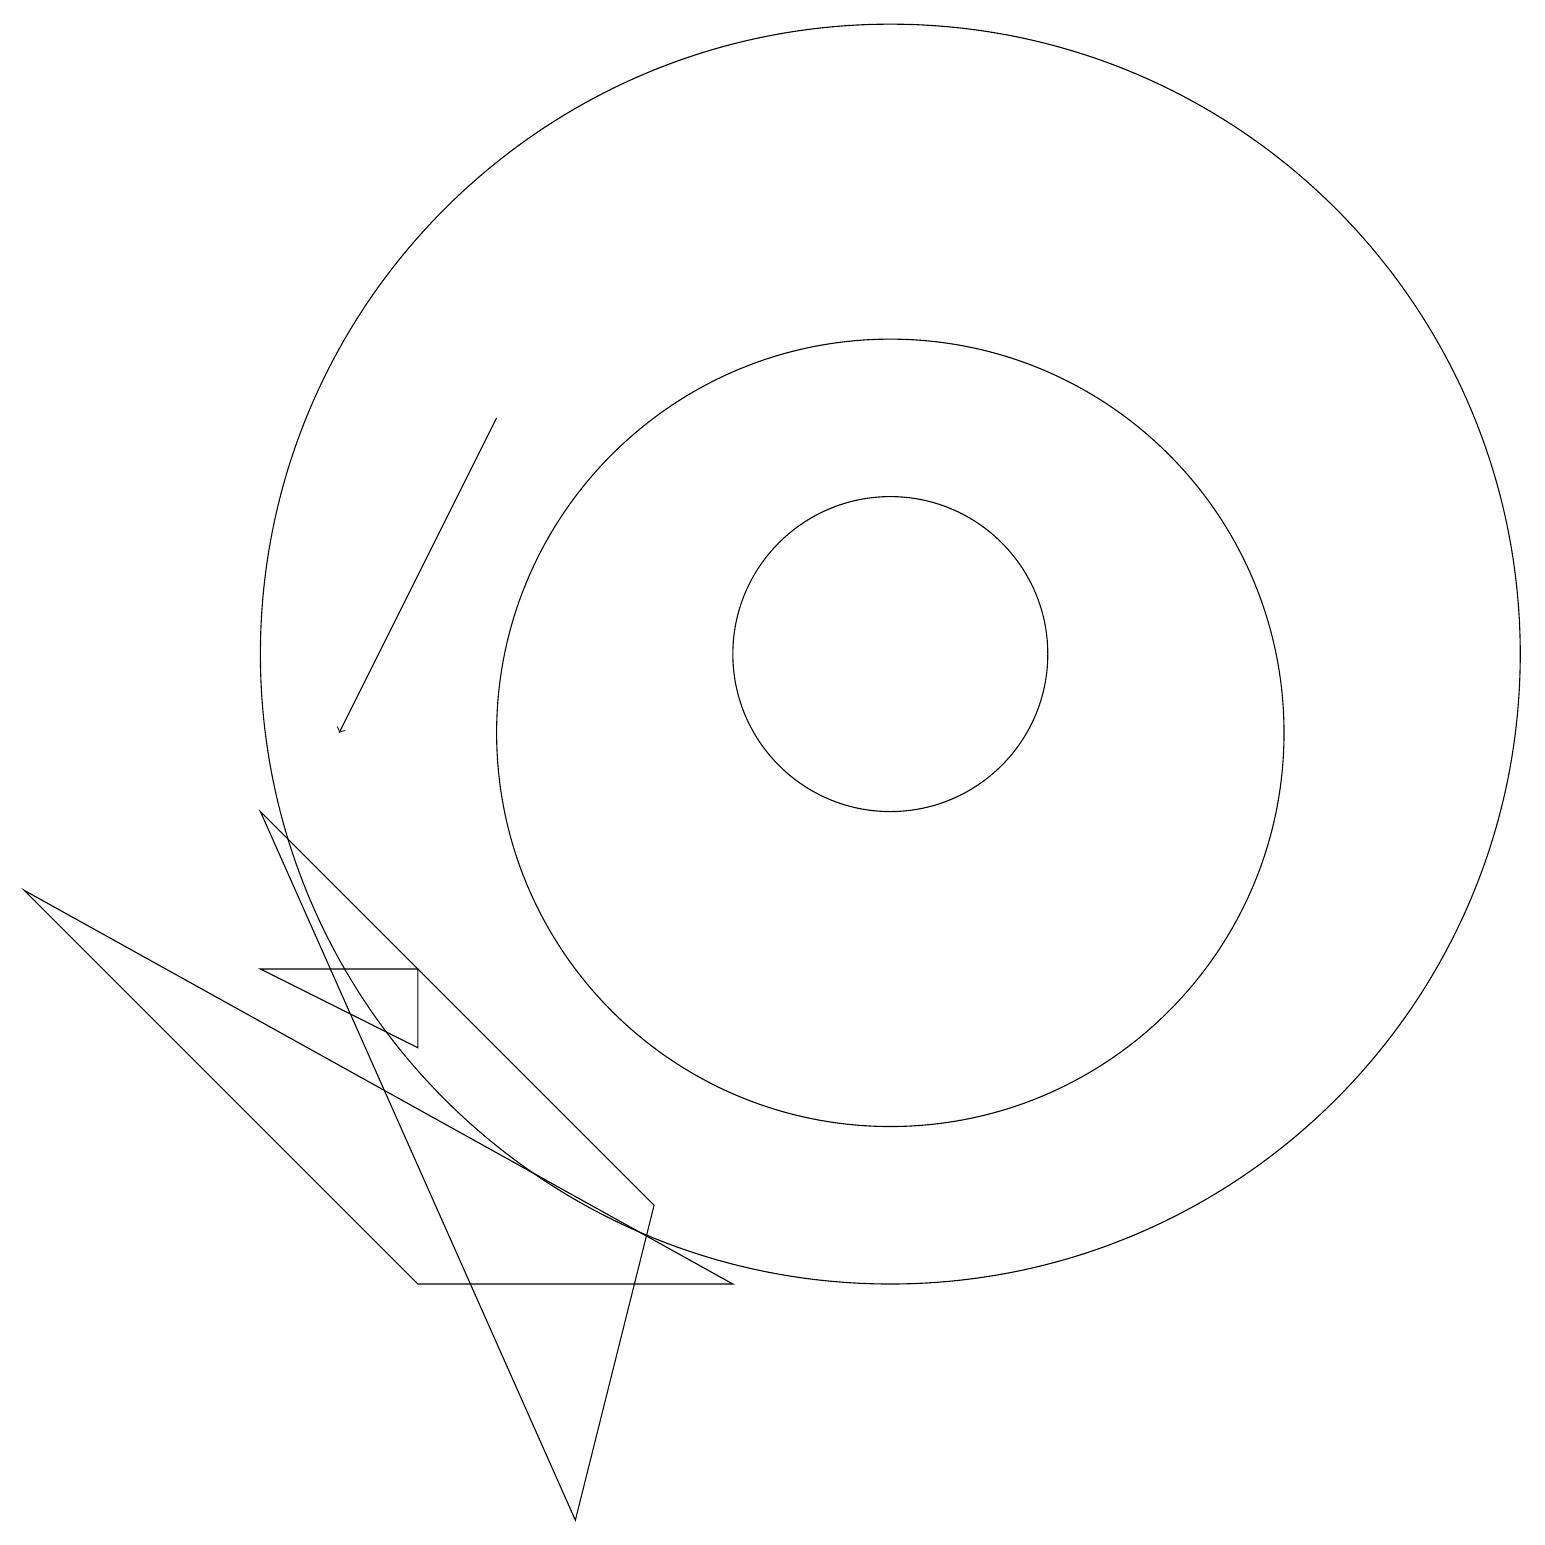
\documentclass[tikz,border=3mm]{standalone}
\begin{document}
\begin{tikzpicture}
\draw (11,11) circle (2);
\draw (11,11) circle (8);
\draw (5,3) -- (9,3) -- (0,8) -- cycle;
\draw (8,4) -- (3,9) -- (7,0) -- cycle;
\draw (11,10) circle (5);
\draw (3,7) -- (5,6) -- (5,7) -- cycle;
\draw[->] (6,14) -- (4,10);
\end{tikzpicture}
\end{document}